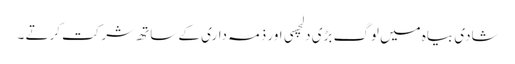
شادی بیاہ میں لوگ بڑی دلچسی اور ذمہ داری کے ساتھ شرکت کرتے ۔